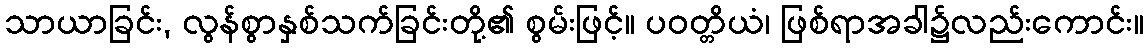
သာယာခြင်း, လွန်စွာနှစ်သက်ခြင်းတို့၏ စွမ်းဖြင့်။ ပဝတ္တိယံ၊ ဖြစ်ရာအခါ၌လည်းကောင်း။